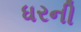
ધરની